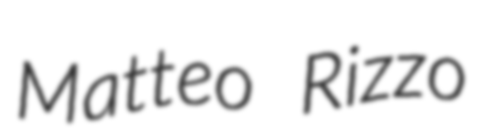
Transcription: Matteo Rizzo